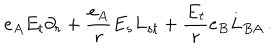
e _ { A } E _ { t } \partial _ { r } + \frac { e _ { A } } { r } E _ { s } L _ { s t } + \frac { E _ { t } } { r } e _ { B } L _ { B A } \, .